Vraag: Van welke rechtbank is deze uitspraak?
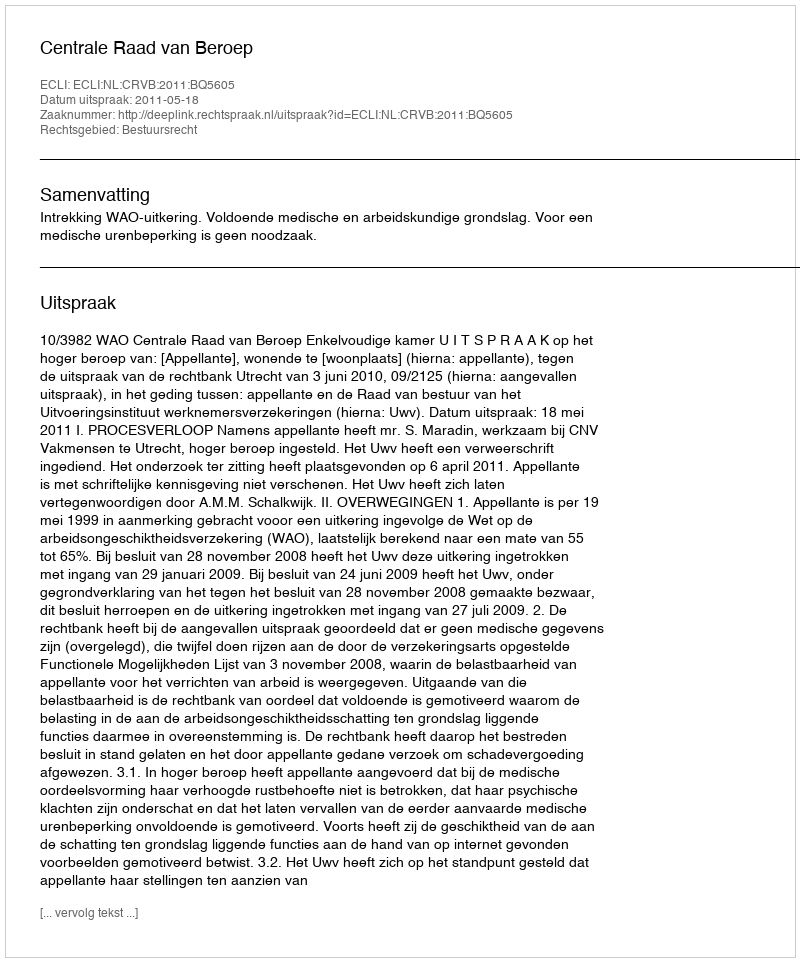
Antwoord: Centrale Raad van Beroep